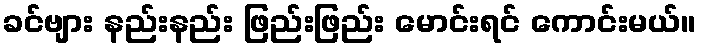
ခင်ဗျား နည်းနည်း ဖြည်းဖြည်း မောင်းရင် ကောင်းမယ်။